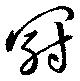
冠